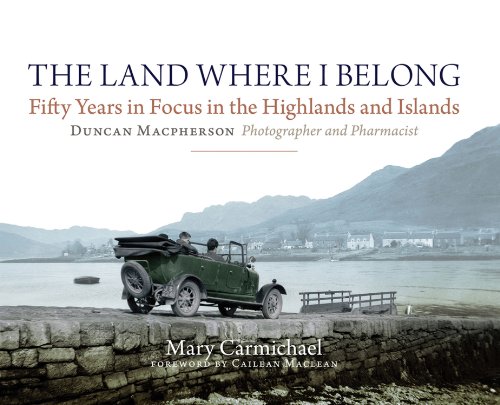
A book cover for The Land Where I Belong: Fifty Years in Focus in the Highlands and Islands: Duncan Macpherson, Photographer and Pharmacist; Mary Carmichael; History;